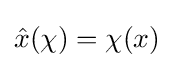
{\hat {x}}(\chi )=\chi (x)